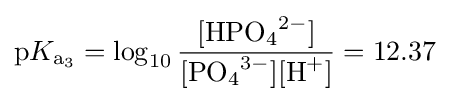
\mathrm {p} K_{{\ce {a3}}}=\log _{10}{\frac {[{\ce {HPO4^2-}}]}{[{\ce {PO4^3-}}][{\ce {H+}}]}}=12.37